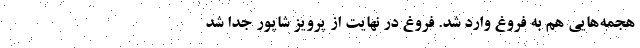
هجمه‌هایی هم به فروغ وارد شد. فروغ در نهایت از پرویز شاپور جدا شد